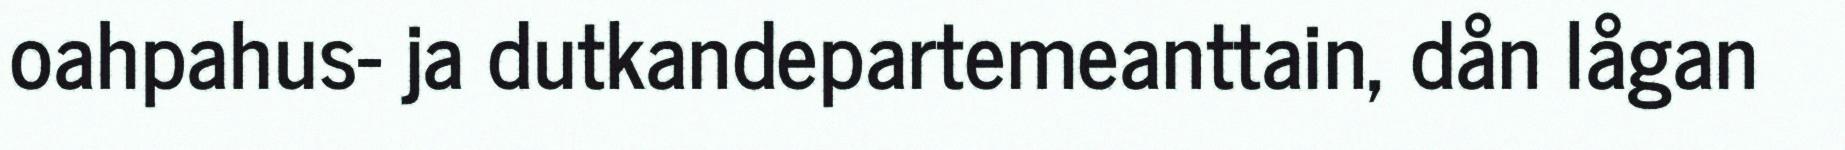
oahpahus- ja dutkandepartemeanttain, dån lågan